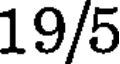
19/5